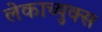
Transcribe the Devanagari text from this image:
लेकाच्युक्स